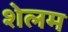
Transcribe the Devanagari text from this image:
शेलम